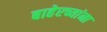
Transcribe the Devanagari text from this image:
बाहेरच्यांना